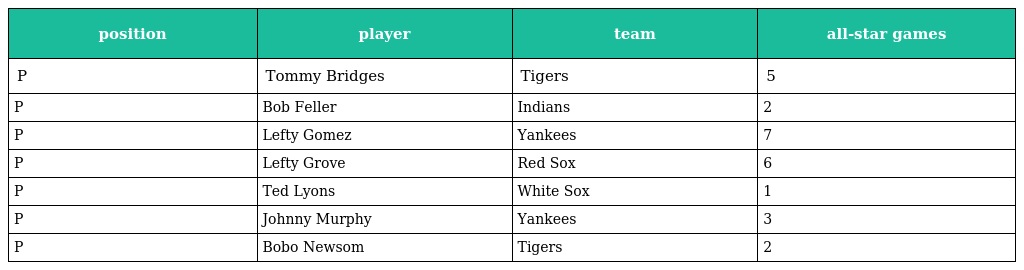
| position | player | team | all-star games |
 | --- | --- | --- | --- |
 | P | Tommy Bridges | Tigers | 5 |
 | P | Bob Feller | Indians | 2 |
 | P | Lefty Gomez | Yankees | 7 |
 | P | Lefty Grove | Red Sox | 6 |
 | P | Ted Lyons | White Sox | 1 |
 | P | Johnny Murphy | Yankees | 3 |
 | P | Bobo Newsom | Tigers | 2 |